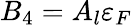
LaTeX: B_{4}=A_{l}\varepsilon_{F}